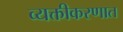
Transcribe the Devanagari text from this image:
व्यक्तीकरणात